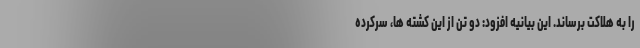
را به هلاکت برساند. این بیانیه افزود: دو تن از این کشته ها، سرکرده